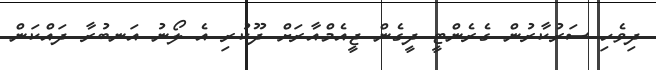
ދިވެހި ސަރުކާރުން ގެރެންޓީ ދީގެން ޖީއެމްއާރަށް ދޫކުރި އެ ލޯނު އަނބުރާ ދައްކަން